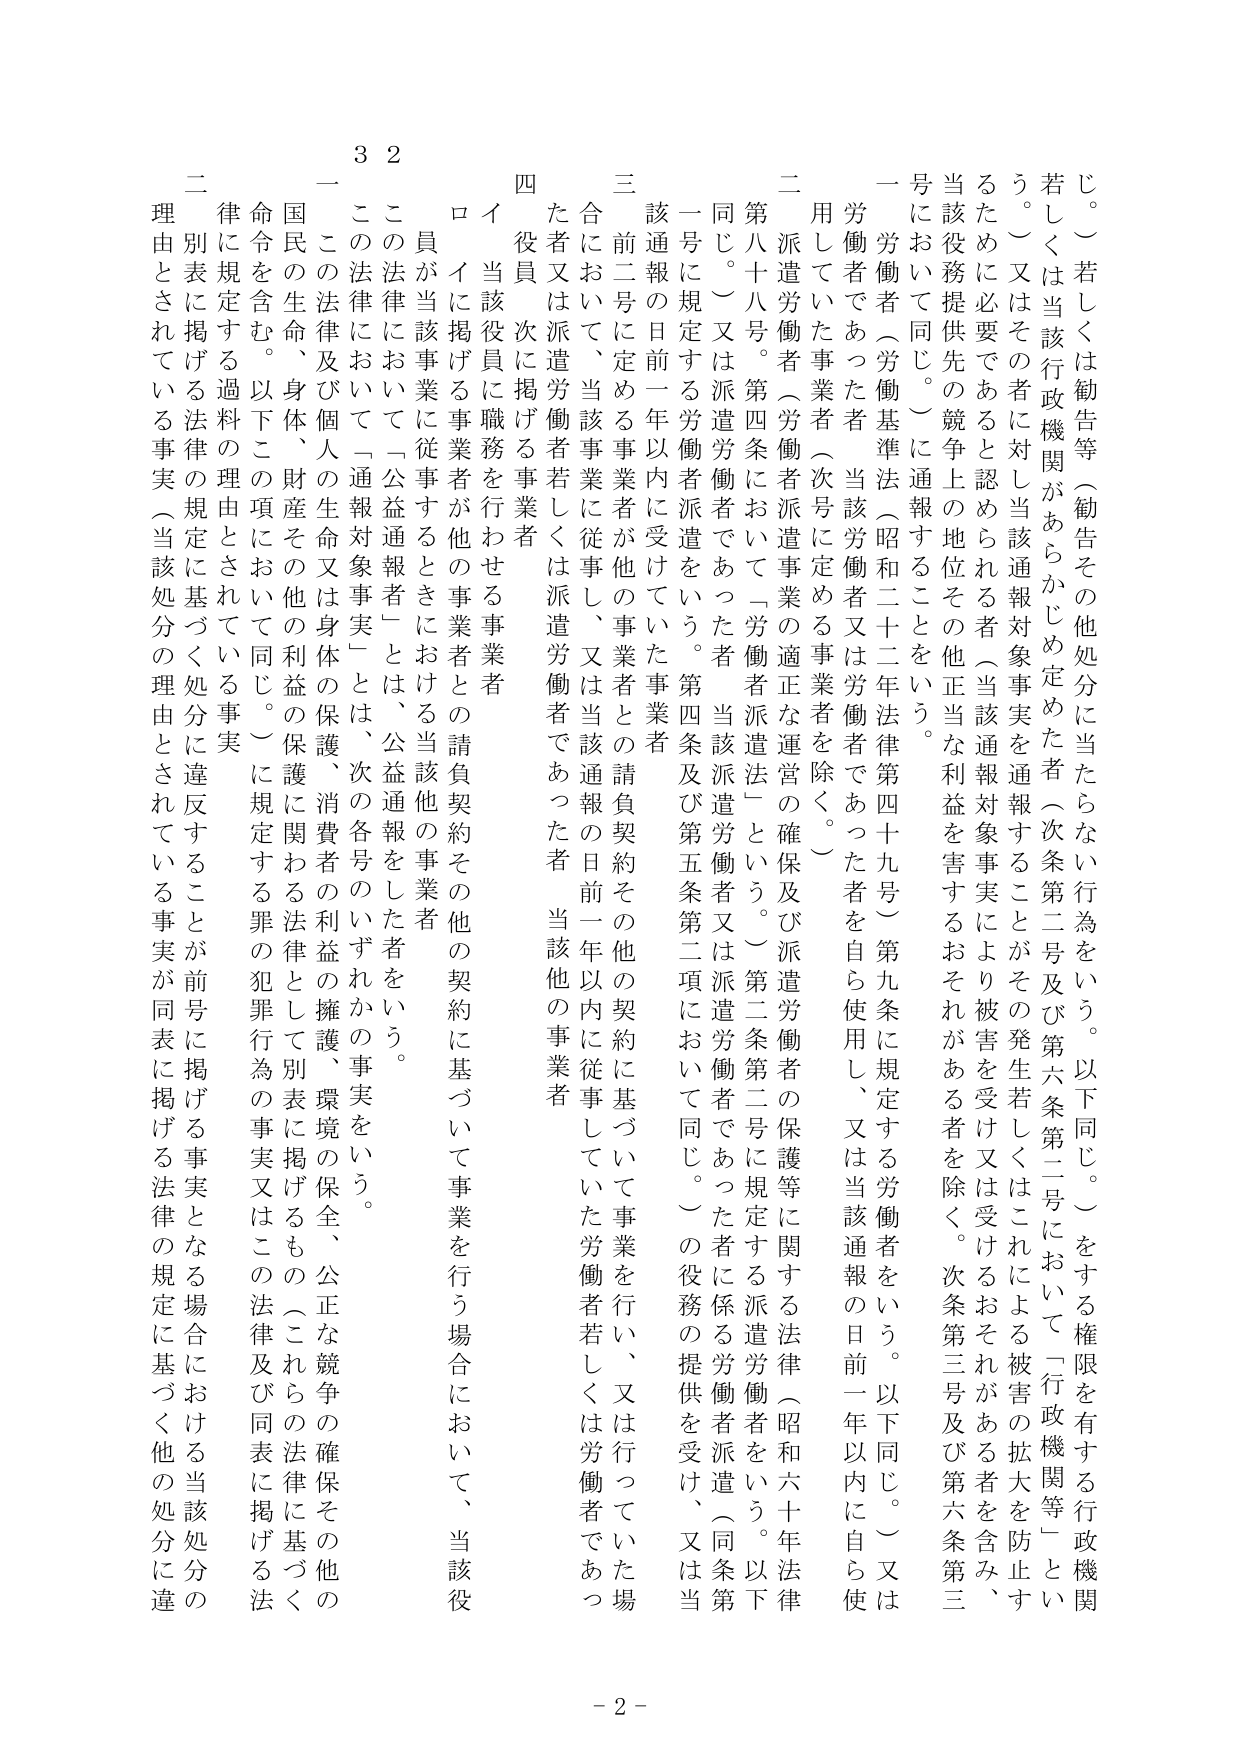
じ。）若しくは勧告等（勧告その他処分に当たらない行為をいう。以下同じ。）をする権限を有する行政機関若しくは当該行政機関があらかじめ定めた者（次条第二号及び第六条第二号において「行政機関等」という。）又はその者に対し当該通報対象事実を通報することがその発生若しくはこれによる被害の拡大を防止するために必要であると認められる者（当該通報対象事実により被害を受け又は受けるおそれがある者を含み、当該役務提供先の競争上の地位その他正当な利益を害するおそれがある者を除く。次条第三号及び第六条第三号において同じ。）に通報することをいう。

一 労働者（労働基準法（昭和二十二年法律第四十九号）第九条に規定する労働者をいう。以下同じ。）又は労働者であった者（当該労働者又は労働者であった者を自ら使用し、又は当該通報の日前一年以内に自ら使用していた事業者（次号に定める事業者を除く。）。

二 派遣労働者（労働者派遣事業の適正な運営の確保及び派遣労働者の保護等に関する法律（昭和六十年法律第八十八号。第四条において「労働者派遣法」という。）第二条第二号に規定する派遣労働者をいう。以下同じ。）又は派遣労働者であった者（当該派遣労働者又は派遣労働者であった者に係る労働者派遣（同条第一号に規定する労働者派遣をいう。第四条及び第五条第二項において同じ。）の役務の提供を受け、又は当該通報の日前一年以内に受けていた事業者。

三 前二号に定める事業者が他の事業者との請負契約その他の契約に基づいて事業を行い、又は行っていた場合において、当該事業に従事し、又は当該通報の日前一年以内に従事していた労働者若しくは労働者であった者又は派遣労働者若しくは派遣労働者であった者（当該他の事業者。

四 役員 次に掲げる事業者

イ 当該役員に職務を行わせる事業者

ロ イに掲げる事業者が他の事業者との請負契約その他の契約に基づいて事業を行う場合において、当該役員が当該事業に従事するときにおける当該他の事業者

２ この法律において「公益通報者」とは、公益通報をした者をいう。

一 この法律において「通報対象事実」とは、次の各号のいずれかの事実をいう。

国民の生命、身体、財産の生命又は身体の保護、消費者の利益の擁護、環境の保全、公正な競争の確保その他の命令を含む。以下この項において同じ。）に規定する罪の犯罪行為の事実又はこの法律及び同表に掲げる法律に規定する過料の理由とされている事実（当該処分の理由とされている事実が同表に掲げる法律の規定に基づく処分に違反することを前号に掲げる事実となる場合における当該処分の理由とされている事実（当該処分の理由とされている事実が同表に掲げる法律の規定に基づく他の処分に違反することを前号に掲げる事実となる場合における当該処分の理由とされている事実）。

- 2 -